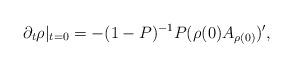
LaTeX: \begin{align*}\partial_t\rho|_{t=0}=-(1-P)^{-1}P(\rho(0) A_{\rho(0)})',\end{align*}